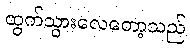
ထွက်သွားလေတော့သည်